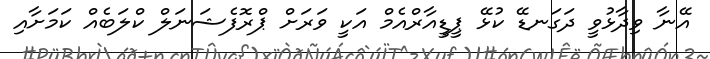
އޭނާ ވިދާޅުވީ ދަގަނޑޭ ކުޅޭ ޕީޑީއާރްއެމް އަކީ ވަރަށް ޕްރޮފެޝަނަލް ކްލަބެއް ކަމަށާއި